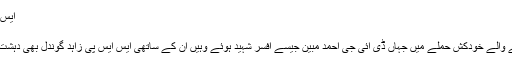
ایس ایس پی زاہد گوندل شہید (13 فروری 2017)
شہید ایس ایس پی زاہد گوندل
13 فروری کو پنجاب اسمبلی کے سامنے ہونے والے خودکش حملے میں جہاں ڈی آئی جی احمد مبین جیسے افسر شہید ہوئے وہیں ان کے ساتھی ایس ایس پی زاہد گوندل بھی دہشت گردوں کا نشانہ بنے اور جامِ شہادت نوش کیا۔